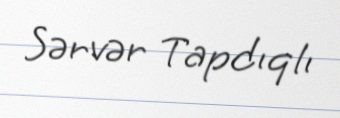
Sərvər Tapdıqlı